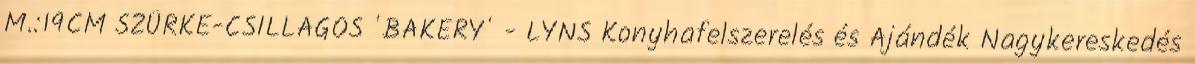
M.:19CM SZÜRKE-CSILLAGOS 'BAKERY' - LYNS Konyhafelszerelés és Ajándék Nagykereskedés